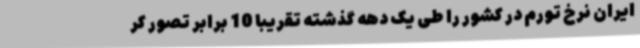
ایران نرخ تورم در کشور را طی یک دهه گذشته تقریبا 10 برابر تصور کر